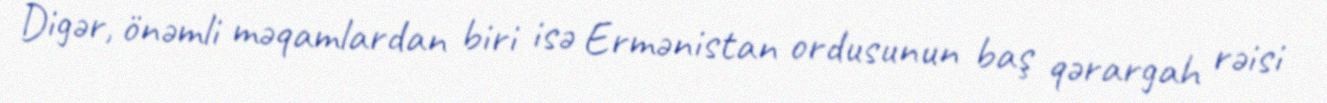
Digər, önəmli məqamlardan biri isə Ermənistan ordusunun baş qərargah rəisi